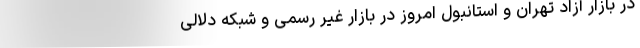
در بازار آزاد تهران و استانبول امروز در بازار غیر رسمی و شبکه دلالی